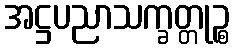
အဋ္ဌပညာသက္ခတ္တုဉ္စ